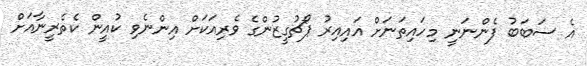
އެ ސަބަބު ފެންނަނީ މިހައިތަނަށް އައިއިރު ޕޯޗުގީޒުންގެ ވެރިއަކަށް އިންނެވި ކުއީން ކެތެރީނާއަށް